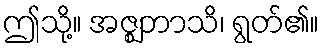
ဤသို့။ အဇ္ဈဘာသိ၊ ရွတ်၏။